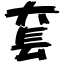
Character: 套